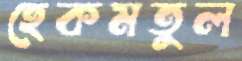
হেকমতুল